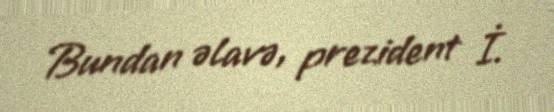
Bundan əlavə, prezident İ.